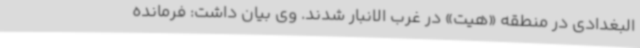
البغدادی در منطقه «هیت» در غرب الانبار شدند. وی بیان داشت: فرمانده